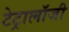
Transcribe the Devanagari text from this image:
टेट्रालॉजी